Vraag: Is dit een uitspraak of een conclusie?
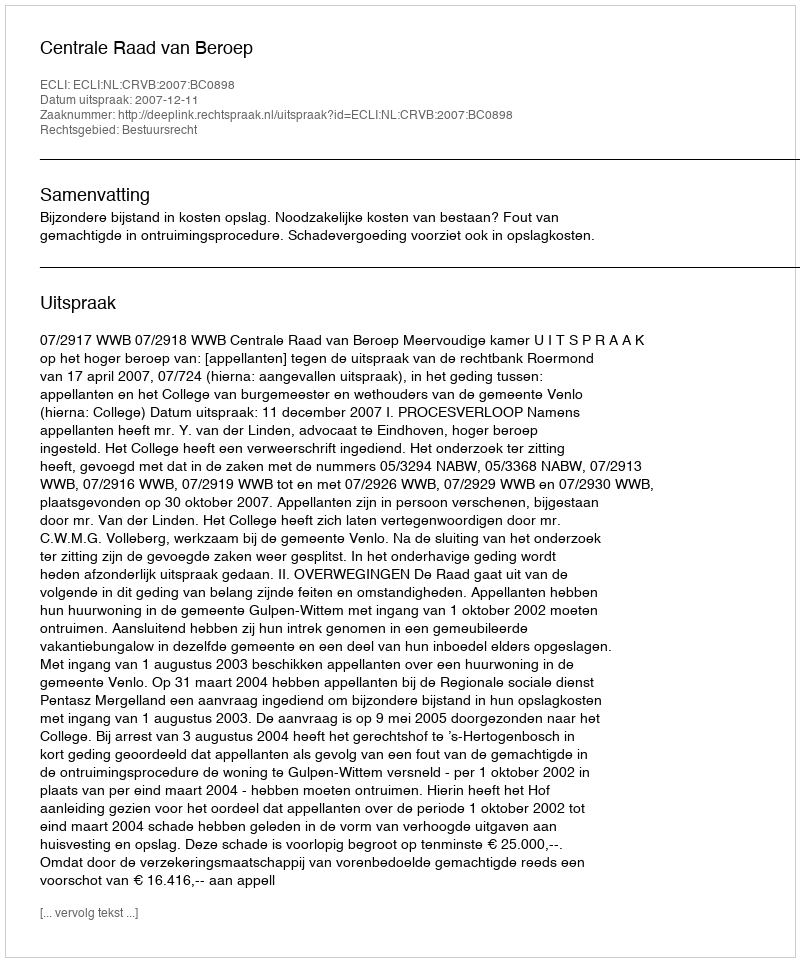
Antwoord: Uitspraak